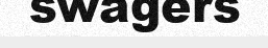
swagers